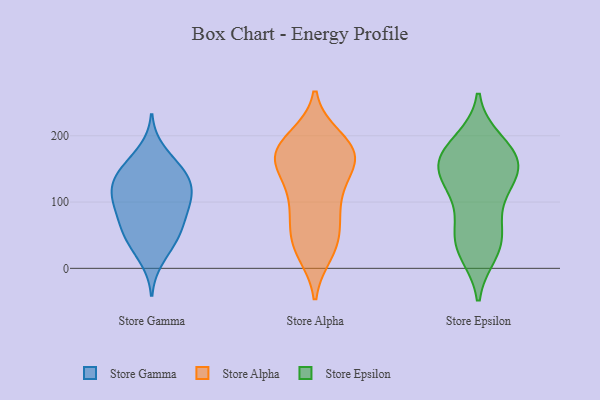
{"axis": {"x": "Conversion Rate (%)", "y": "Value"}, "legend": ["Store Alpha", "Store Epsilon", "Store Gamma"], "data": [{"x": "", "y": 106, "type": "Store Gamma"}, {"x": "", "y": 109, "type": "Store Gamma"}, {"x": "", "y": 44, "type": "Store Gamma"}, {"x": "", "y": 139, "type": "Store Gamma"}, {"x": "", "y": 149, "type": "Store Gamma"}, {"x": "", "y": 54, "type": "Store Gamma"}, {"x": "", "y": 108, "type": "Store Gamma"}, {"x": "", "y": 61, "type": "Store Gamma"}, {"x": "", "y": 13, "type": "Store Gamma"}, {"x": "", "y": 36, "type": "Store Gamma"}, {"x": "", "y": 70, "type": "Store Gamma"}, {"x": "", "y": 87, "type": "Store Gamma"}, {"x": "", "y": 156, "type": "Store Gamma"}, {"x": "", "y": 178, "type": "Store Gamma"}, {"x": "", "y": 117, "type": "Store Gamma"}, {"x": "", "y": 135, "type": "Store Gamma"}, {"x": "", "y": 136, "type": "Store Gamma"}, {"x": "", "y": 90, "type": "Store Gamma"}, {"x": "", "y": 24, "type": "Store Alpha"}, {"x": "", "y": 196, "type": "Store Alpha"}, {"x": "", "y": 86, "type": "Store Alpha"}, {"x": "", "y": 40, "type": "Store Alpha"}, {"x": "", "y": 124, "type": "Store Alpha"}, {"x": "", "y": 180, "type": "Store Alpha"}, {"x": "", "y": 174, "type": "Store Alpha"}, {"x": "", "y": 193, "type": "Store Alpha"}, {"x": "", "y": 170, "type": "Store Alpha"}, {"x": "", "y": 175, "type": "Store Alpha"}, {"x": "", "y": 169, "type": "Store Alpha"}, {"x": "", "y": 147, "type": "Store Alpha"}, {"x": "", "y": 166, "type": "Store Alpha"}, {"x": "", "y": 91, "type": "Store Alpha"}, {"x": "", "y": 29, "type": "Store Alpha"}, {"x": "", "y": 65, "type": "Store Alpha"}, {"x": "", "y": 151, "type": "Store Alpha"}, {"x": "", "y": 39, "type": "Store Alpha"}, {"x": "", "y": 104, "type": "Store Alpha"}, {"x": "", "y": 167, "type": "Store Epsilon"}, {"x": "", "y": 118, "type": "Store Epsilon"}, {"x": "", "y": 166, "type": "Store Epsilon"}, {"x": "", "y": 113, "type": "Store Epsilon"}, {"x": "", "y": 148, "type": "Store Epsilon"}, {"x": "", "y": 191, "type": "Store Epsilon"}, {"x": "", "y": 40, "type": "Store Epsilon"}, {"x": "", "y": 30, "type": "Store Epsilon"}, {"x": "", "y": 72, "type": "Store Epsilon"}, {"x": "", "y": 147, "type": "Store Epsilon"}, {"x": "", "y": 49, "type": "Store Epsilon"}, {"x": "", "y": 24, "type": "Store Epsilon"}, {"x": "", "y": 163, "type": "Store Epsilon"}, {"x": "", "y": 184, "type": "Store Epsilon"}, {"x": "", "y": 142, "type": "Store Epsilon"}]}